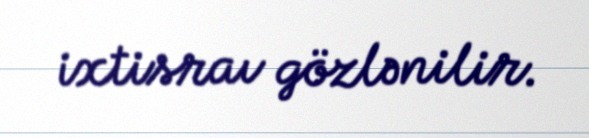
ixtisraı gözlənilir.